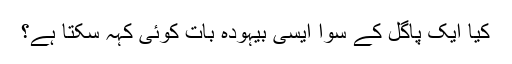
کیا ایک پاگل کے سوا ایسی بیہودہ بات کوئی کہہ سکتا ہے؟